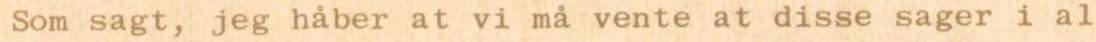
Som sagt, jeg håber at vi må vente at disse sager i al